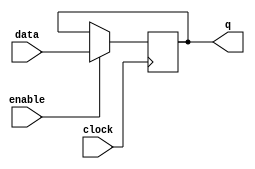
module  element_ff_d_4_ff
	( 
	clock,
	data,
	enable,
	q) /* synthesis synthesis_clearbox=1 */;
	input   clock;
	input   [3:0]  data;
	input   enable;
	output   [3:0]  q;
`ifndef ALTERA_RESERVED_QIS
// synopsys translate_off
`endif
	tri0   [3:0]  data;
	tri1   enable;
`ifndef ALTERA_RESERVED_QIS
// synopsys translate_on
`endif

	reg	[3:0]	ff_dffe;

	// synopsys translate_off
	initial
		ff_dffe = 0;
	// synopsys translate_on
	always @ ( posedge clock)
		if (enable == 1'b1)   ff_dffe <= data;
	assign
		q = ff_dffe;
endmodule
module element_ff_d_4 (
	clock,
	data,
	enable,
	q)/* synthesis synthesis_clearbox = 1 */;

	input	  clock;
	input	[3:0]  data;
	input	  enable;
	output	[3:0]  q;

	wire [3:0] sub_wire0;
	wire [3:0] q = sub_wire0[3:0];

	element_ff_d_4_ff	element_ff_d_4_ff_component (
				.enable (enable),
				.clock (clock),
				.data (data),
				.q (sub_wire0));

endmodule